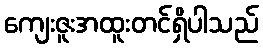
ကျေးဇူးအထူးတင်ရှိပါသည်